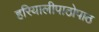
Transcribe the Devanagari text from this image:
हरियालीपाठोपाठ